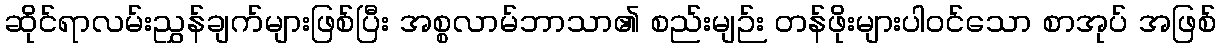
ဆိုင်ရာလမ်းညွှန်ချက်များဖြစ်ပြီး အစ္စလာမ်ဘာသာ၏ စည်းမျဉ်း တန်ဖိုးများပါဝင်သော စာအုပ် အဖြစ်